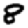
Digit: 8